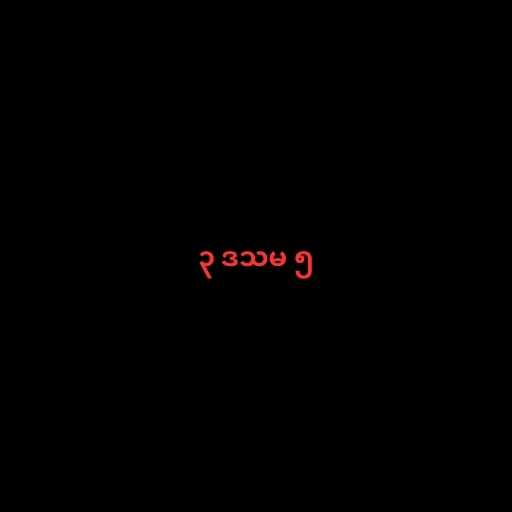
၃ ဒသမ ၅